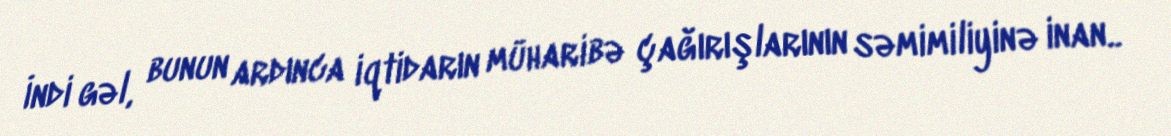
İndi gəl, bunun ardınca iqtidarın müharibə çağırışlarının səmimiliyinə inan..